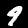
Label: 9